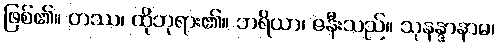
ဖြစ်၏။ တဿ၊ ထိုဘုရား၏။ ဘရိယာ၊ ဇနီးသည်။ သုနန္ဒာနာမ၊